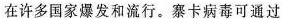
在许多国家爆发和流行。寨卡病毒可通过